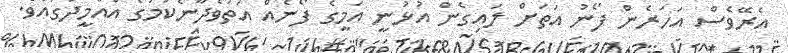
އެރޭވެސް އަހަރެން ފޯނު އަތަށް ލައިގެން އުޅުނީ އަމީގެ ފޯނެއް އަތުވެދާނެކަމުގެ އުއްމީދުގައެވެ.